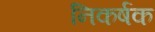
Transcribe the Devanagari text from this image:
निकर्षक